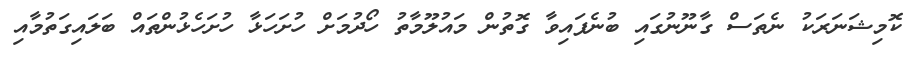
ކޮމިޝަނަރަކު ނެތަސް ގާނޫނުގައި ބުނެފައިވާ ގޮތުން މައުލޫމާތު ހޯދުމަށް ހުށަހަޅާ ހުށަހެޅުންތައް ބަލައިގަތުމާއި